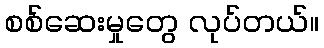
စစ်ဆေးမှုတွေ လုပ်တယ်။